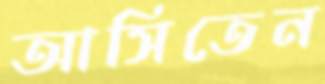
আসিতেন